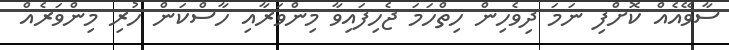
ސާވޭއެއް ކޮށްފި ނަމަ ދިވެހިން ހިތްހަމަ ޖެހިފައިވާ މިންވަރާއި ހާސްކަން ހުރި މިންވަރެއް